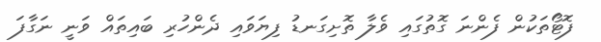
ފޮޓޯތަކުން ފެންނަ ގޮތުގައި ވެލާ ތޮށިގަނޑު ފިޔަވައި ދެންހުރި ބައިތައް ވަނީ ނަގާފަ